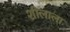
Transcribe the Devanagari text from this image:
शीलाला